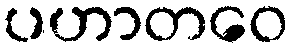
ပဟာတဝေ